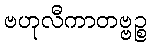
ဗဟုလီကာတဗ္ဗဉ္စ